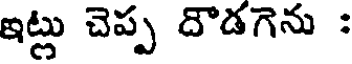
ఇట్లు చెప్ప దౌడగెను :